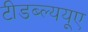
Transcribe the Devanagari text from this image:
टीडब्ल्ययूए